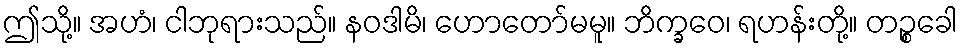
ဤသို့။ အဟံ၊ ငါဘုရားသည်။ နဝဒါမိ၊ ဟောတော်မမူ။ ဘိက္ခဝေ၊ ရဟန်းတို့။ တဉ္စခေါ